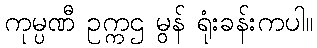
ကုမ္ပဏီ ဥက္ကဌ မွန် ရုံးခန်းကပါ။